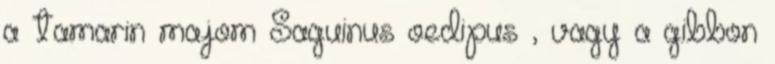
a tamarin majom Saguinus oedipus , vagy a gibbon